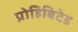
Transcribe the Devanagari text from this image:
प्रोहिबिटेड